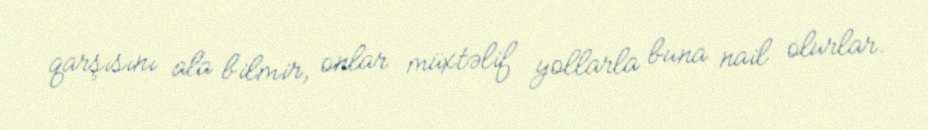
qarşısını ala bilmir, onlar müxtəlif yollarla buna nail olurlar.